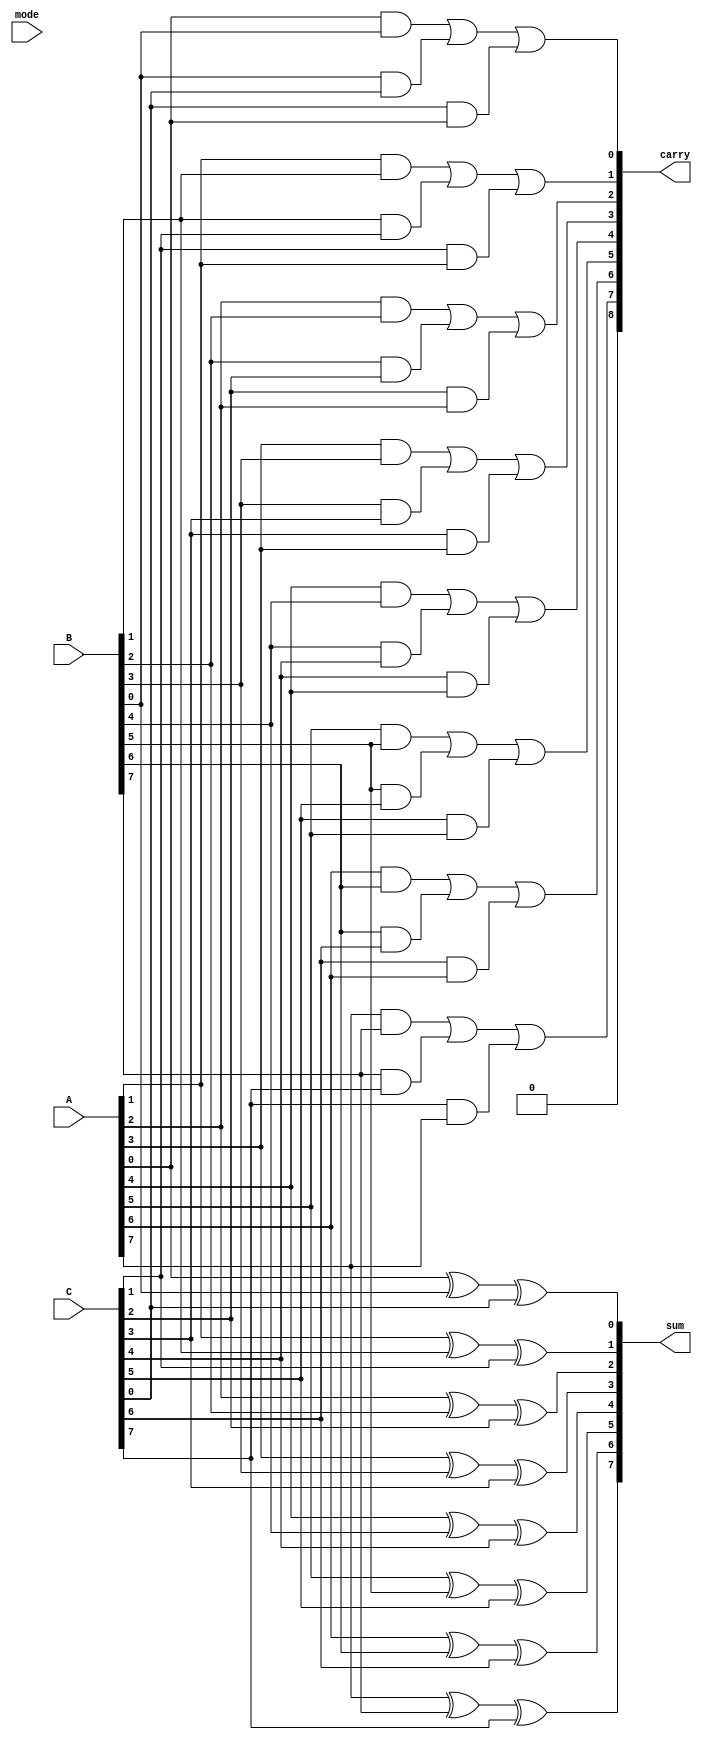
module CarrySaveAdder (
    input [N-1:0] A,     // First input
    input [N-1:0] B,     // Second input
    input [N-1:0] C,     // Third input
    input [1:0] mode,    // Control signal to manage operation mode
    output [N-1:0] sum,   // Final sum output
    output [N:0] carry    // Final carry output
);
    parameter N = 8; // Bit-width of the inputs

    wire [N-1:0] P1_sum, P2_sum; // Partial sums
    wire [N-1:0] P1_carry, P2_carry; // Partial carries

    // Stage 1: Generate partial sums and carries
    genvar i;
    generate
        for (i = 0; i < N; i = i + 1) begin : CSA_stage1
            // Full adder for each bit
            assign P1_sum[i] = A[i] ^ B[i] ^ C[i]; // Partial sum
            assign P1_carry[i] = (A[i] & B[i]) | (B[i] & C[i]) | (C[i] & A[i]); // Partial carry
        end
    endgenerate

    // Stage 2: Accumulate carry and sum
    wire [N-1:0] final_sum;
    wire [N:0] final_carry;

    // Final stage adder to combine partial results
    assign final_sum = P1_sum; // Directly taking partial sums
    assign final_carry = P1_carry; // Taking partial carries

    // Output assignment
    assign sum = final_sum;
    assign carry = final_carry;

endmodule